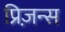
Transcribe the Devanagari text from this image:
प्रिज़न्स